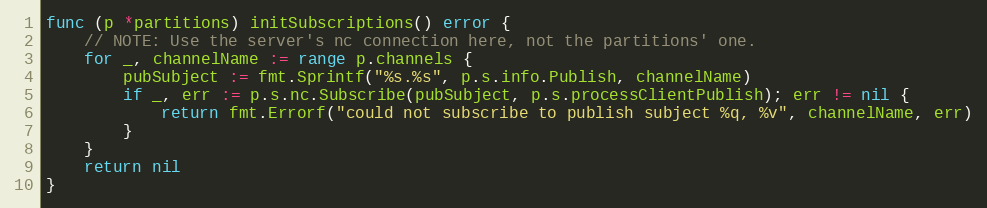
Language: Go
func (p *partitions) initSubscriptions() error {
	// NOTE: Use the server's nc connection here, not the partitions' one.
	for _, channelName := range p.channels {
		pubSubject := fmt.Sprintf("%s.%s", p.s.info.Publish, channelName)
		if _, err := p.s.nc.Subscribe(pubSubject, p.s.processClientPublish); err != nil {
			return fmt.Errorf("could not subscribe to publish subject %q, %v", channelName, err)
		}
	}
	return nil
}